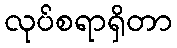
လုပ်စရာရှိတာ